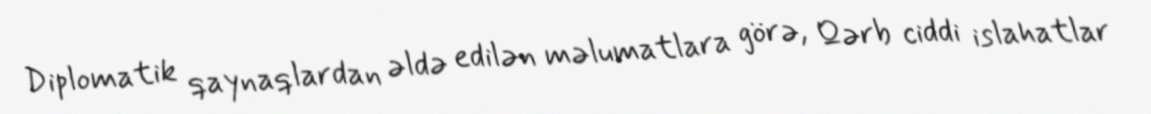
Diplomatik qaynaqlardan əldə edilən məlumatlara görə, Qərb ciddi islahatlar